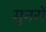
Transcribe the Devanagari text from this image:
मुनरों